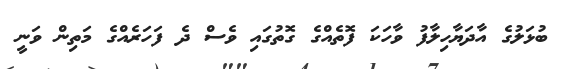
ބުޅަލުގެ އާދަޔާހިލާފު ވާހަކަ ފޮތެއްގެ ގޮތުގައި ވެސް ދެ ފަހަރެއްގެ މަތިން ވަނީ